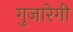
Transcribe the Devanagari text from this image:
गुजारेगी